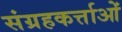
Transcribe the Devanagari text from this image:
संग्रहकर्त्ताओं